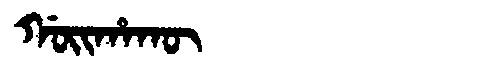
Manchu: ᡤᠣᡳᡥᠠᡴᡡ
Romanization: GOIHAKŪ